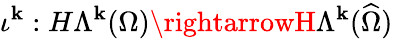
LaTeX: \iota^{\mathbf{k}}:H\Lambda^{\mathbf{k}}(\Omega)\rightarrowH\Lambda^{\mathbf{k}}(\widehat{\Omega})